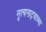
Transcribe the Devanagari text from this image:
नृत्यनाट्याच्या